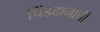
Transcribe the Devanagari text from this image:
पिंडदानाची